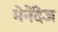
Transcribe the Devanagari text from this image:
मेनेंदेज